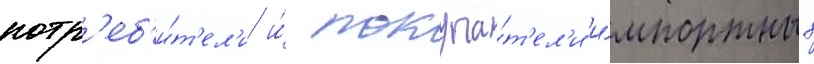
потр'еб'и́т'ел'и и́ покупа́т'ел'и и́мпортных